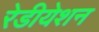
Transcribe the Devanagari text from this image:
रेडीयेशन